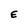
Character: E